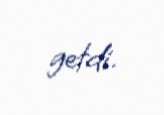
getdi.